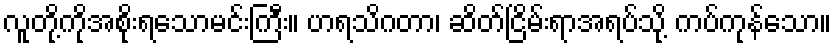
လူတို့ကိုအစိုးရသောမင်းကြီး။ ဟရသိဂတာ၊ ဆိတ်ငြိမ်းရာအရပ်သို့ ကပ်ကုန်သော။